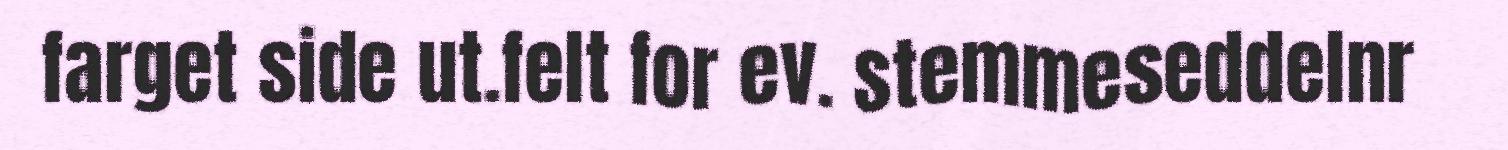
farget side ut.felt for ev. stemmeseddelnr